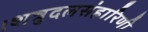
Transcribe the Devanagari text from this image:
।शत्रुदलसंहारिणी